Civil Veterinary Dept. Assam report 1911-1927 - 1911-1927
Year: 1911
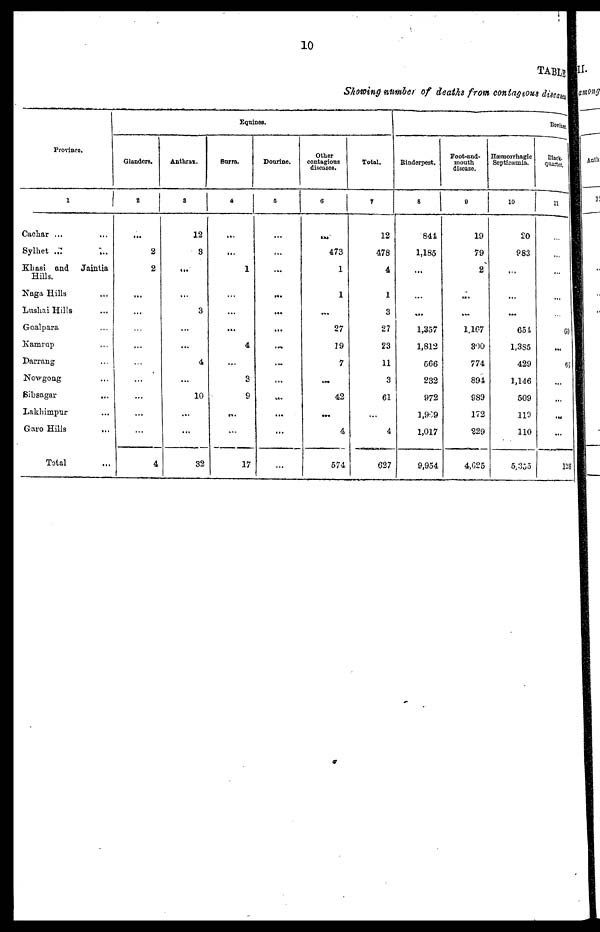
10
TABLE
Showing number of deaths from contagious diseases
Province.
1
Cachar ... ...
Sylhet ... ...
Khasi and Jaintia
Hills.
Naga Hills ...
Lushai Hills ...
Goalpara ...
Kamrup
Darrang ...
Nowgong ...
Sibsagar
...
Lakhimpur ...
Garo Hills ...
Total ...
Eqnines.
Glanders.
2
...
2
2
...
...
...
...
...
...
...
...
...
4
Anthrax.
3
12
3
...
...
3
...
...
4
...
10
...
...
32
Surra.
4
...
...
1
...
...
...
4
...
3
9
...
...
17
Dourine.
5
...
...
...
...
...
...
...
...
...
...
...
...
...
Other
contagious
diseases.
6
...
473
1
1
...
27
19
7
...
42
...
4
574
Total.
7
12
478
4
1
3
27
23
11
3
61
...
4
627
Bovinces
Rinderpest.
8
841
1,185
...
...
...
1,357
1,813
566
232
972
1,969
1,017
9,954
Foot-and-
mouth
disease.
9
19
79
2
...
...
1,167
300
774
894
989
172
229
4,625
Hæmorrhagie
Septicæmia.
10
20
983
...
...
...
651
1,385
429
1,146
509
119
110
5,355
Black.
quarter.
11
...
...
...
...
...
60
...
65
...
...
...
...
126